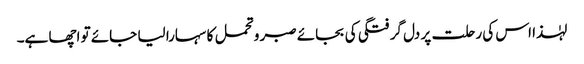
لہٰذا اس کی رحلت پر دل گرفتگی کی بجائے صبر و تحمل کا سہارا لیا جائے تو اچھا ہے۔